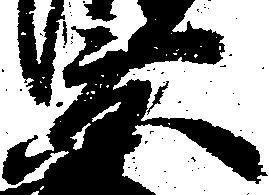
景